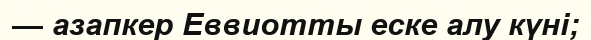
— азапкер Еввиотты еске алу күні;